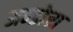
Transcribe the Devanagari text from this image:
अन्डोरा